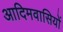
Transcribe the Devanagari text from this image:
आदिमवासियों